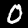
Label: 0